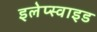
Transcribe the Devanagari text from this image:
इलेप्स्वाइड